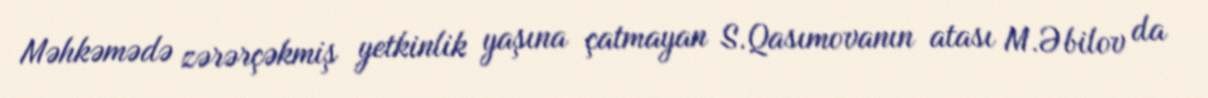
Məhkəmədə zərərçəkmiş yetkinlik yaşına çatmayan S.Qasımovanın atası M.Əbilov da